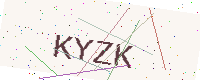
Text: KYZK